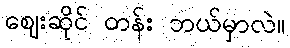
ဈေးဆိုင် တန်း ဘယ်မှာလဲ။